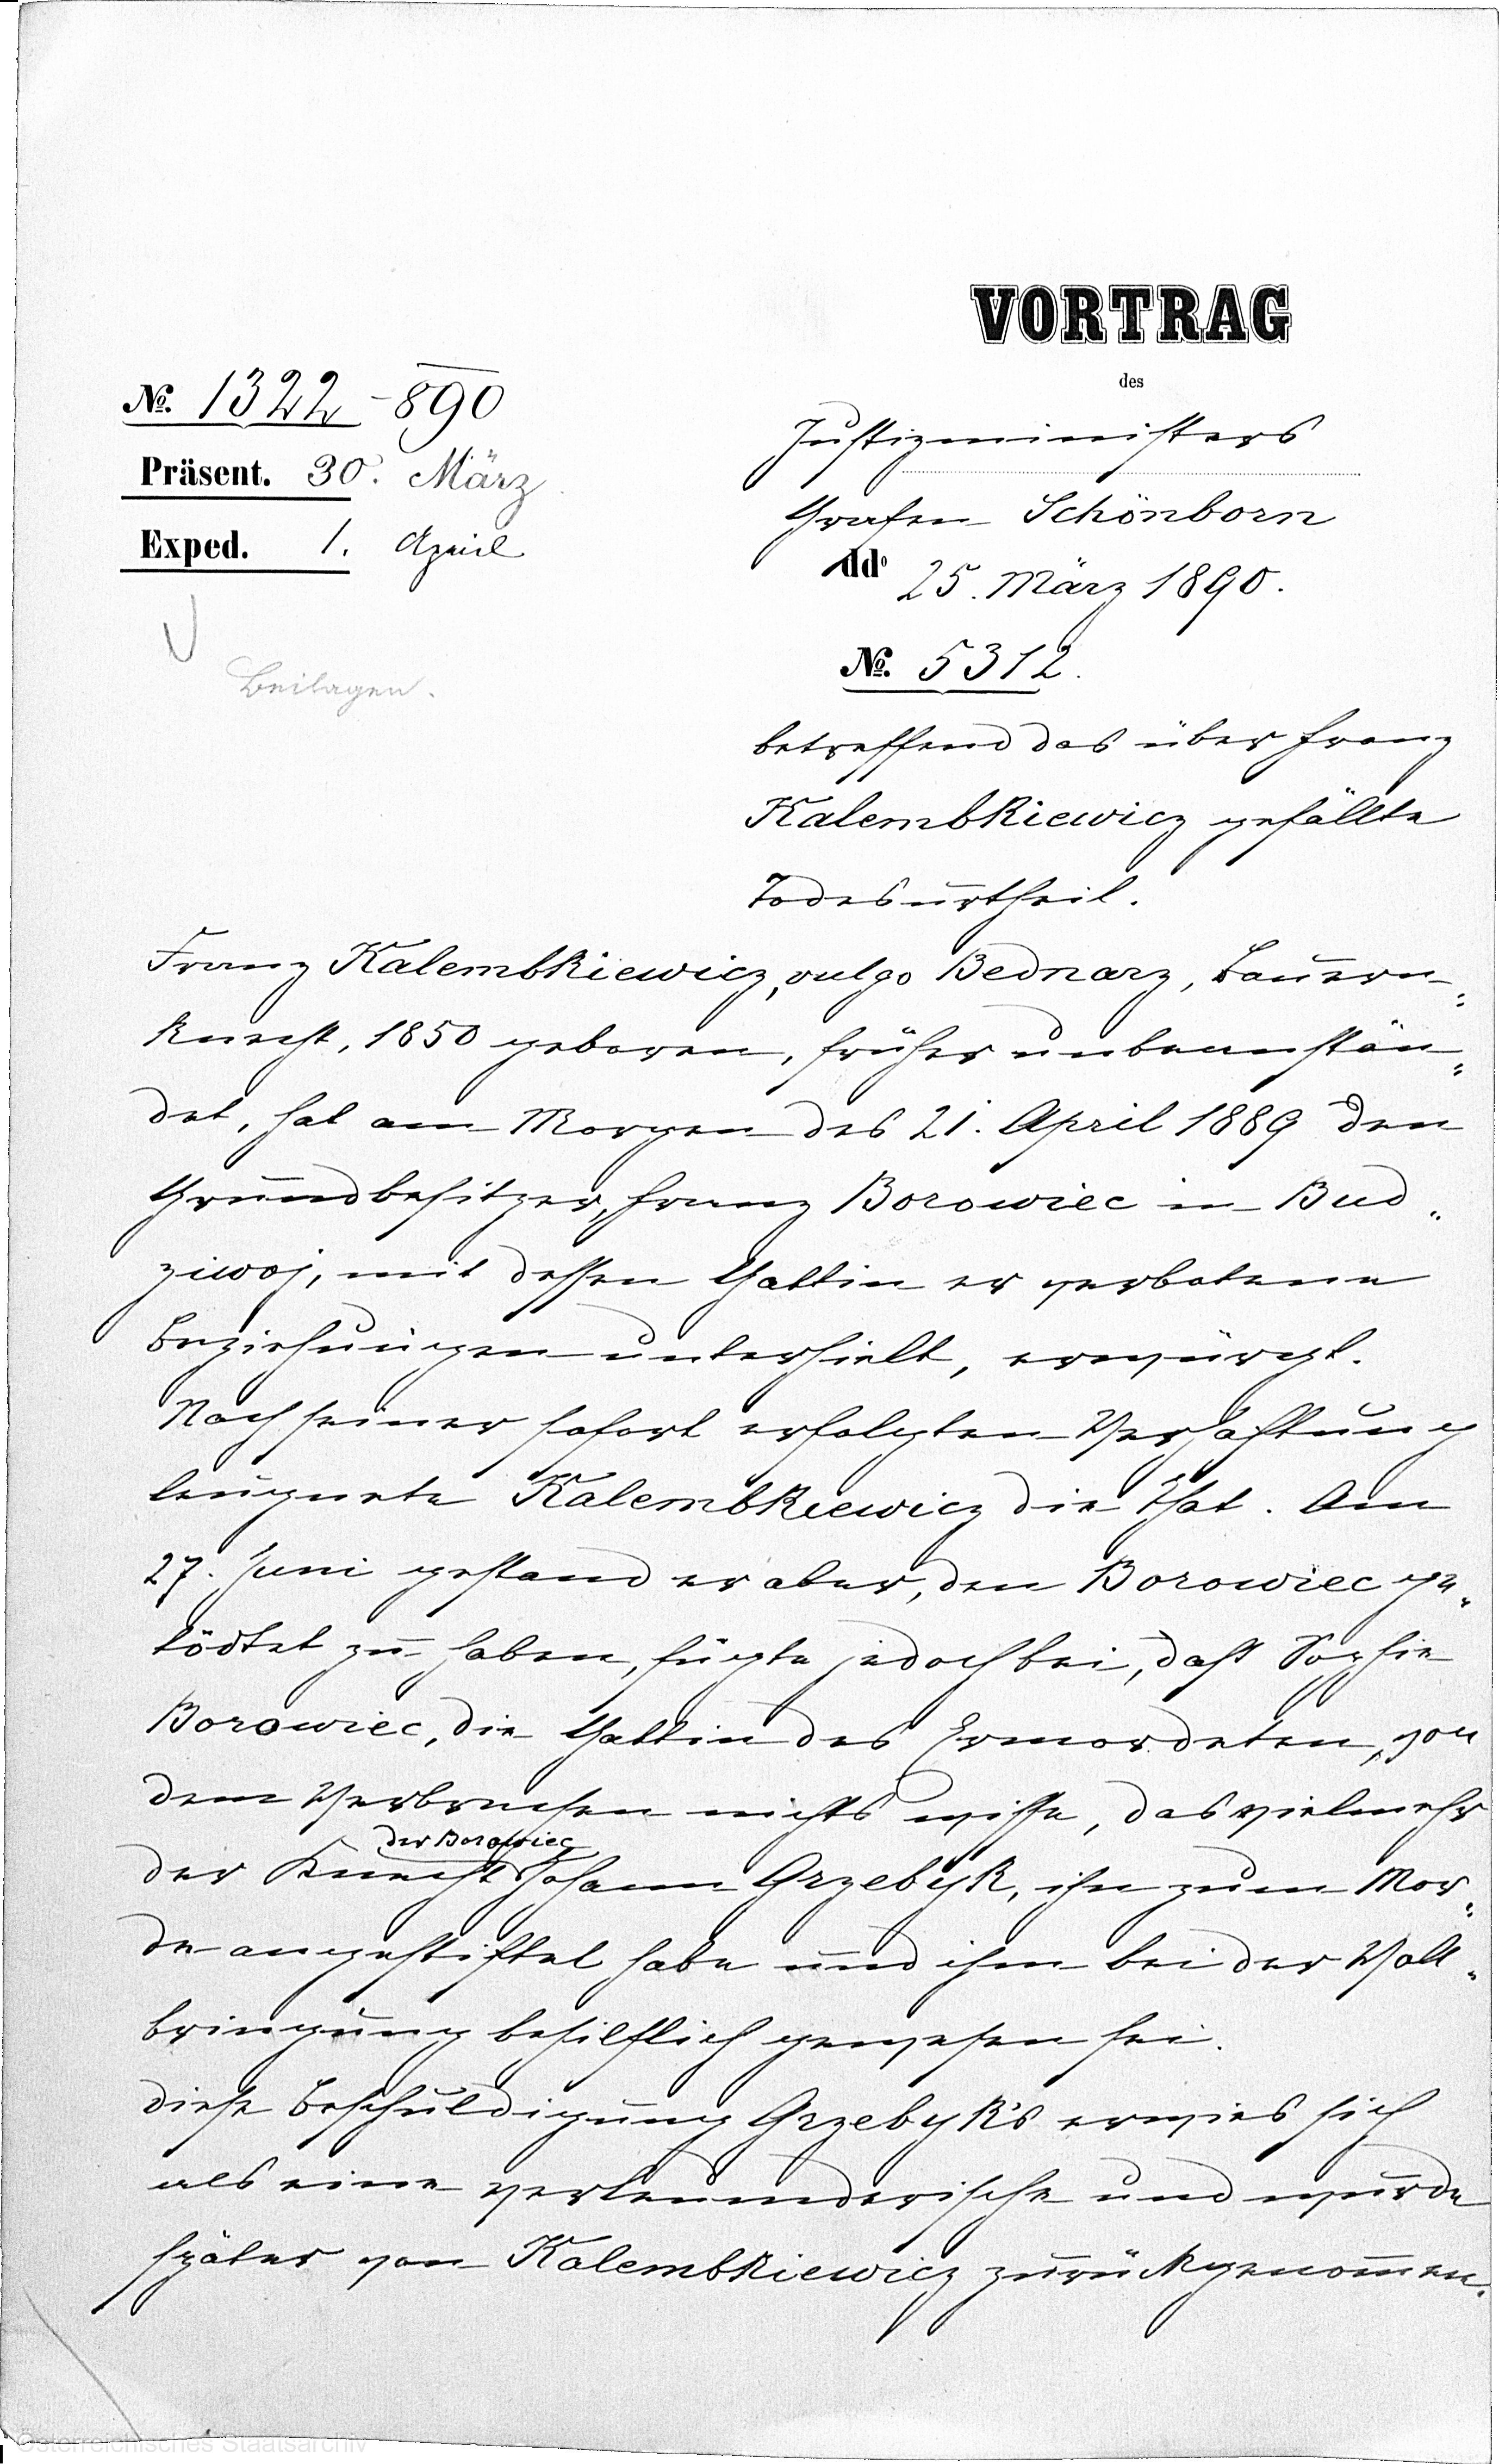
VORTRAG
des
Justizministers
Grafen Schönborn
dd° 25. März 1890.
N° 5312.
betreffend des über Franz
Kalembkiewicz gefällte
Todesurtheil.
Franz Kalembkiewicz, vulgo Bednarz, Bauern¬
knecht, 1850 geboren, früher unbeanstän¬
det, hat am Morgen des 21. April 1889 den
Grundbesitzer, Franz Borowiec in Bud¬
ziwoj, mit dessen Gattin er verbotene
Beziehungen unterhielt, erwürgt.
Nach seiner sofort erfolgten Verhaftung
leugnete Kalembkiewicz die That. Am
27. Juni gestand er aber, den Borowiec ge¬
tödtet zu haben, fügte jedoch bei, daß Sophie
Borowiec, die Gattin des Ermordeten, von
dem Verbrechen nichts wisse, das vielmehr
der Borowiec
der Knecht Johann Grzebyk, ihn zum Mor¬
de angestiftet habe und ihm bei der Voll¬
bringung behilflich gewesen sei.
Diese Beschuldigung Grzebyk’s erwies sich
als eine verleumderische und wurde
später von Kalembkiewicz zurückgenommen.

N° 1322 - 890
Präsent. 30. März.
Exped. 1. April
Beilagen.